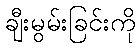
ချီးမွမ်းခြင်းကို